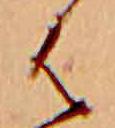
は